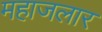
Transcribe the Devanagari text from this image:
महाजलार